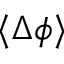
\langle \Delta \phi \rangle